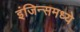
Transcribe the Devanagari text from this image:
इंजिन्समध्ये